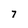
Character: 7